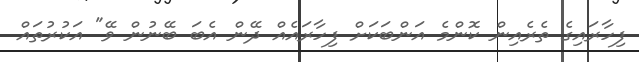
ފިހާރައިގެ ތެރެއިން ކޮންމެ އަންބަކަށް ފިހާރައެއް ދޭން އެބަ ބޭނުން ވޭ" އަކުރުތައް